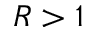
R > 1